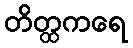
တိတ္ထကရေ